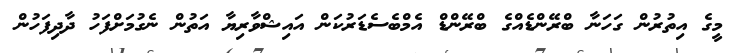
މީގެ އިތުރުން ގަހަނާ ބްރޭންޑެއްގެ ބްރޭންޑް އެމްބެސެޑަރުކަން އައިޝްވާރިޔާ އަތުން ނެގުމަށްފަހު ދާދިފަހުން